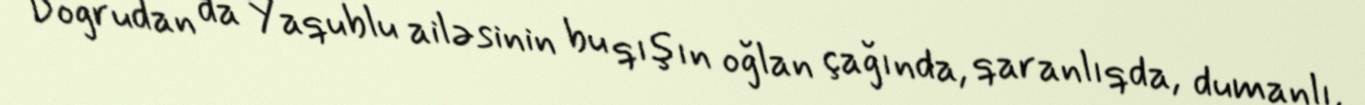
Doğrudan da Yaqublu ailəsinin bu qışın oğlan çağında, qaranlıqda, dumanlı,